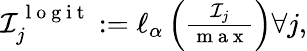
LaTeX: \begin{array}{r}{\mathcal I_{j}^{\mathrm{~l~o~g~i~t~}}:=\ell_{\alpha}\left(\frac{\mathcal I_{j}}{\mathrm{~m~a~x~}}\right)\forall j,}\end{array}